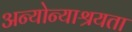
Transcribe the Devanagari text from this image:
अन्योन्याश्रयता